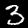
Digit: 3